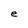
Character: e